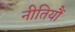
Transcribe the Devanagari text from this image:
नीतियौं